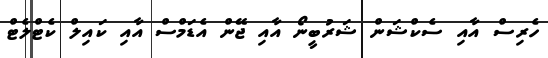
ހެރިސް އާއި ސެކްޝަން ޝަރުބީނޯ އާއި ޖޭން އެޑަމްސް އާއި ކައިލް ކެޓްލެޓް